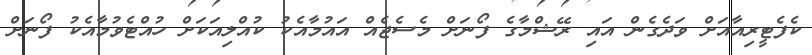
ކެފެޓީރިއާއަށް ވަދެގެން އައި ރޭޝްމާގެ ފޯނަށް މެސެޖެއް އައުމާއެކު ކުއްލިއަކަށް ހުއްޓެވުމާއެކު ފޯނަށް